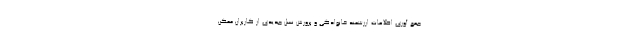
جمع آوری اطلاعات ارزشمند خانوادگی و پرورش نسل جدیدی از کاربران ممکن